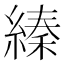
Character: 縥